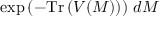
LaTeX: \exp \left( - \mathrm { T r } \left( V ( M ) \right) \right) \, d M